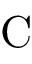
\textrm { C }